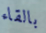
بالقاء